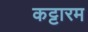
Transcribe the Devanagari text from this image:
कट्टारम